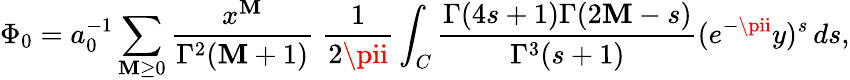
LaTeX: \Phi_{0}=a_{0}^{-1}\sum_{\mathbf{M}\geq0}\frac{{x^{\mathbf{M}}}}{{\Gamma^{2}(\mathbf{M}+1)}}\; \frac{1}{{2\pii}}\int_{C}\frac{{\Gamma(4s+1)\Gamma(2\mathbf{M}-s)}}{{\Gamma^{3}(s+1)}}(e^{-\pii}y)^{s}\, ds,